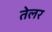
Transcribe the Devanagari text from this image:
तेलर